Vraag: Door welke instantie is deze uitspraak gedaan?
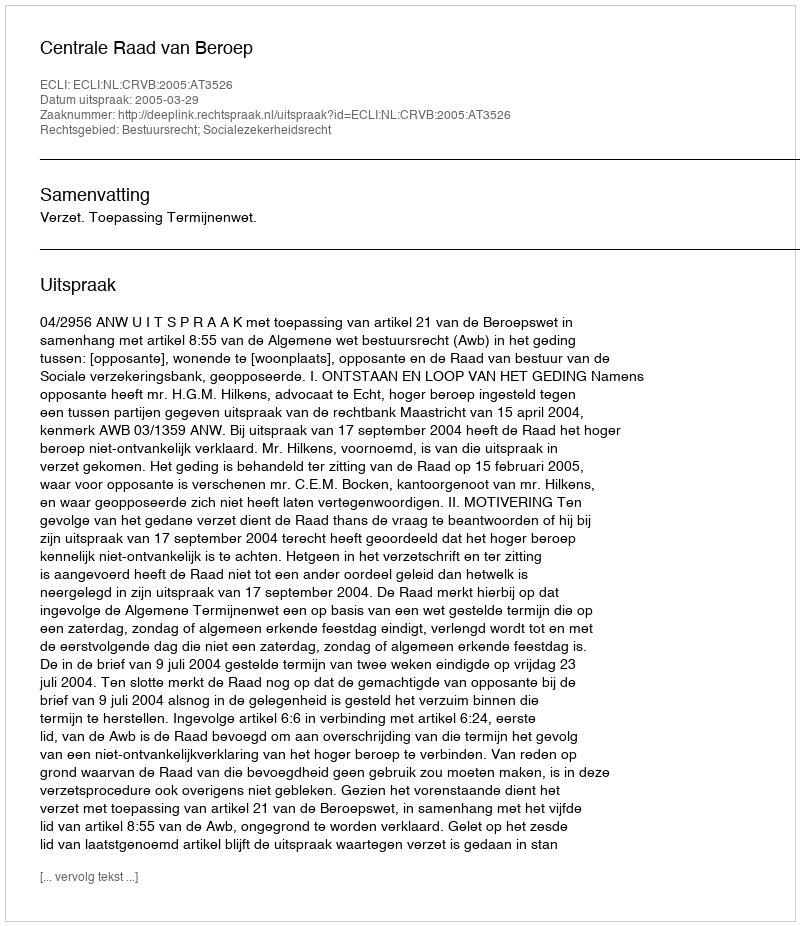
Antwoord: Centrale Raad van Beroep